Leaving Certificate Examination, 1911
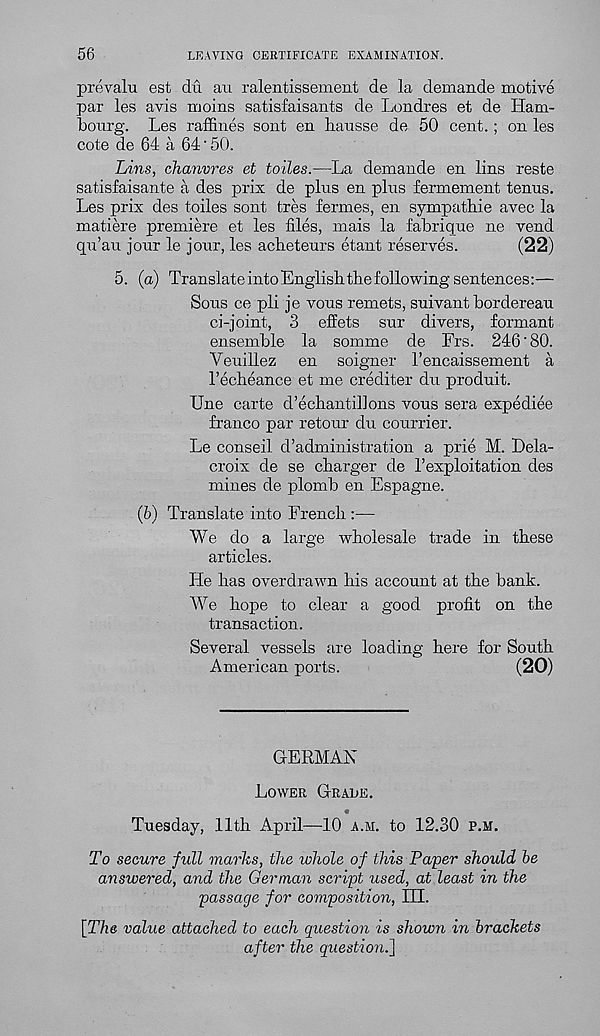
56
LEAVING CERTIFICATE EXAMINATION.
prevalu est du an ralentissement de la demande motive
par les avis moins satisfaisants de Londres et de Ham-
bourg. Les raffines sont en hausse de 50 cent. ; on les
cote de 64 a 64'50.
Lins, chanvres et toiles.—La demande en lins reste
satisfaisante a des prix de pins en pins fermement tenns.
Les prix des toiles sont tres fermes, en sympathie avec la
matiere premiere et les files, mais la fabrique ne vend
qn’au jour le jour, les acheteurs etant reserves.
(22)
5. (a) TranslateintoEnglisbtbe folio wing sentences:—
Sous ce pli je vous remets, suivant bordereau
ci-joint, 3 effets sur divers, formant
ensemble la somme de Frs. 246'80.
Veuillez en soigner I’encaissement a
I’echeance et me crediter du produit.
Une carte d’echantilJons vous sera expediee
franco par retour du courrier.
Le conseil d’administration a prie M. Dela-
croix de se charger de Lexploitation des
mines de plomb en Espagne.
(b) Translate into French :—
We do a large wholesale trade in these
articles.
He has overdrawn his account at the bank.
We hope to clear a good profit on the
transaction.
Several vessels are loading here for South
American ports.
(20)
GERMAN
Lower Grade .
Tuesday, 11th April—10 a.m. to 12.30 p.m.
To secure full marks, the whole of this Paper should be
answered, and the German script used, at least in the
passage for composition, III.
\The value attached to each question is shown in brackets
after the question.]